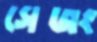
সেজং